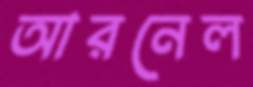
আরনেল